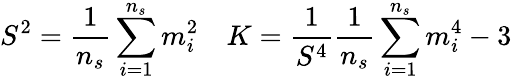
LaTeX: S^{2}=\frac{1}{n_{s}}\sum_{i=1}^{n_{s}}m_{i}^{2}\quad K=\frac{1}{S^{4}}\frac{1}{n_{s}}\sum_{i=1}^{n_{s}}m_{i}^{4}-3